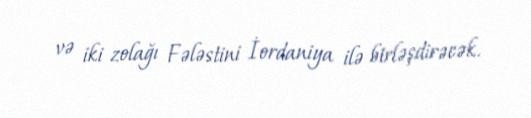
və iki zolağı Fələstini İordaniya ilə birləşdirəcək.